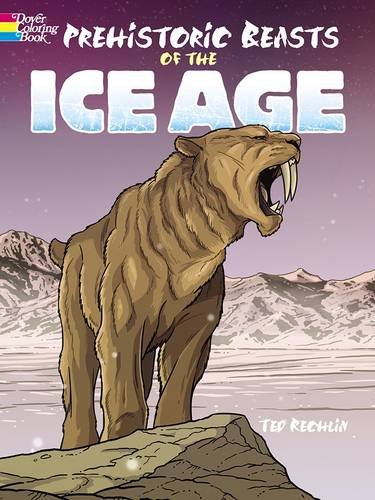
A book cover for Prehistoric Beasts of the Ice Age (Dover Coloring Books); Ted Rechlin; Children's Books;